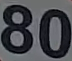
80